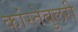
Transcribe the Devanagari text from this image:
कांस्तेबुलरी